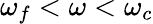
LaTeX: \omega_{f}<\omega<\omega_{c}